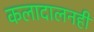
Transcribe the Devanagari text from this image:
कलादालनही